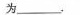
为___.